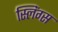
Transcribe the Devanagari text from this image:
स्लिंग्स